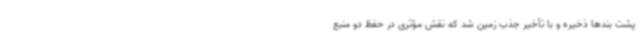
پشت بندها ذخیره و با تأخیر جذب زمین شد که نقش مؤثری در حفظ دو منبع